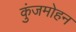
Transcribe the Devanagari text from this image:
कुंजमोहन